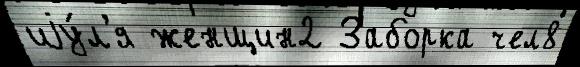
иjу́л'я женщин2 Заборка чел8